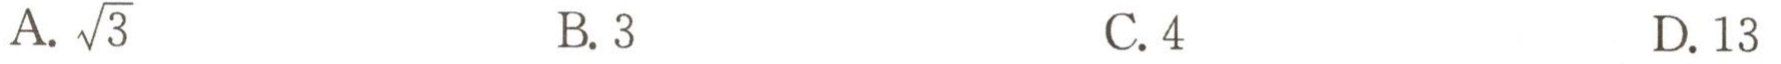
A. \(\sqrt{3}\)

B. \(3\)

C. \(4\)

D. \(13\)